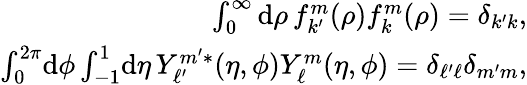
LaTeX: \begin{array}{r}{\int_{0}^{\infty}\mathrm{d}\rho\, f_{k^{\prime}}^{m}(\rho)f_{k}^{m}(\rho)=\delta_{k^{\prime}k},}\\ {\int_{0}^{2\pi}\! \mathrm{d}\phi\int_{-1}^{1}\! \mathrm{d}\eta\, Y_{\ell^{\prime}}^{m^{\prime}*}(\eta,\phi)Y_{\ell}^{m}(\eta,\phi)=\delta_{\ell^{\prime}\ell}\delta_{m^{\prime}m},}\end{array}